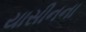
યાસીનના